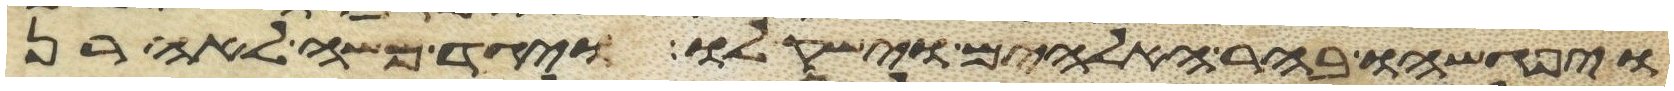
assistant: ויפגשהו בהר האלהים וישק לו ויגד משה לאהרן